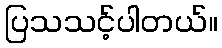
ပြသသင့်ပါတယ်။